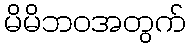
မိမိဘဝအတွက်